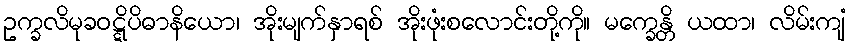
ဥက္ခလိမုခဝဋ္ဋိပိဓာနိယော၊ အိုးမျက်နှာရစ် အိုးဖုံးစလောင်းတို့ကို။ မက္ခေန္တိ ယထာ၊ လိမ်းကျံ